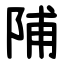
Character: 陠